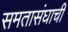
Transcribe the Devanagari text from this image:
समतासंघाची